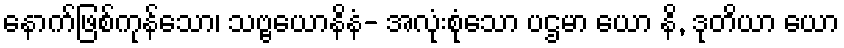
နောက်ဖြစ်ကုန်သော၊ သဗ္ဗယောနိနံ- အလုံးစုံသော ပဌမာ ယော နိ, ဒုတိယာ ယော